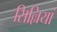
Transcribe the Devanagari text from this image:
सिल्लियां